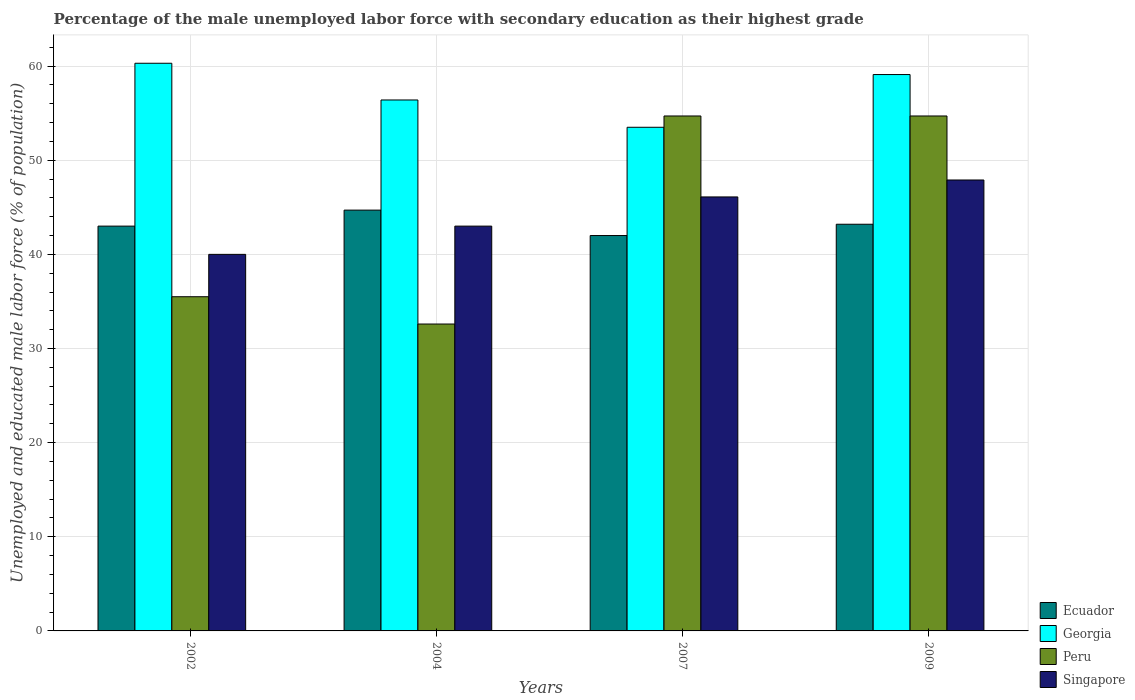
| Years | Ecuador | Georgia | Peru | Singapore |
 | --- | --- | --- | --- | --- |
 | 2002 | 43 | 60.3 | 35.5 | 40 |
 | 2004 | 44.7 | 56.4 | 32.6 | 43 |
 | 2007 | 42 | 53.5 | 54.7 | 46.1 |
 | 2009 | 43.2 | 59.1 | 54.7 | 47.9 |